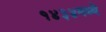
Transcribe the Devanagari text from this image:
१४३४मध्ये